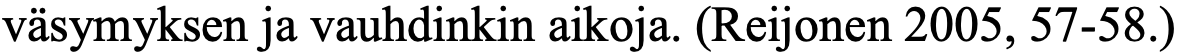
väsymyksen ja vauhdinkin aikoja. (Reijonen 2005, 57-58.)